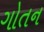
ગોતન